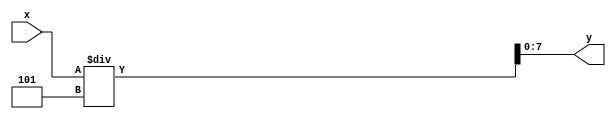
// This program was cloned from: https://github.com/FPGADude/Digital-Design
// License: GNU General Public License v3.0

// Divide 16-bit Celsius X 9 temperature by a constant of 5
// and output an 8-bit value
//
// Written by David Marion
`timescale 1ns / 1ps
module divide_by_5(
    input [15:0] x,
    output reg [7:0] y
    );
    
    always @(*) begin
        y = x / 5;
    end
    
endmodule